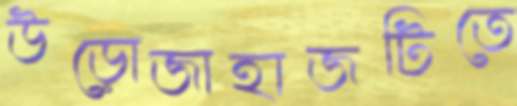
উড়োজাহাজটিতে